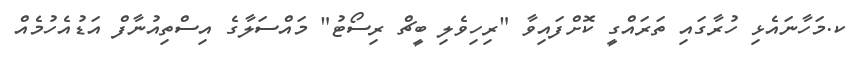
ކ.މަހާނައެޅި ހުރާގައި ތަރައްގީ ކޮށްފައިވާ "ރިހިވެލި ބީޗް ރިސޯޓު" މައްސަލާގެ އިސްތިއުނާފް އަޑުއެހުމެއް